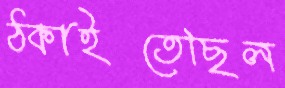
ঠকাইতেছিল